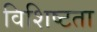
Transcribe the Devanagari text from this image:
विशिष्‍टता